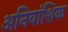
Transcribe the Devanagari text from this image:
अनिवांशिक